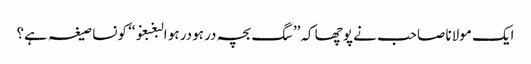
ایک مولانا صاحب نے پوچھا کہ’’سگ بچہ در ہودر ہو البغبغو‘‘ کونسا صیغہ ہے؟